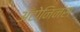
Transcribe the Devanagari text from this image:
अँटोनिनस